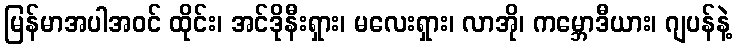
မြန်မာအပါအဝင် ထိုင်း၊ အင်ဒိုနီးရှား၊ မလေးရှား၊ လာအို၊ ကမ္ဘောဒီယား၊ ဂျပန်နဲ့